Code of medical and sanitary regulations for the guidance of medical officers serving in the Madras Presidency - Volume II
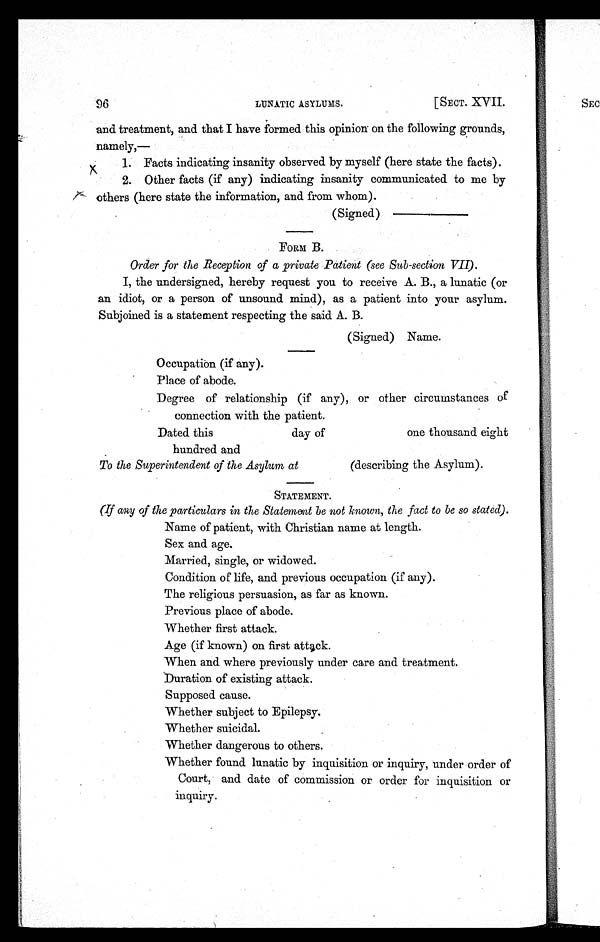
SEC
96
[SECT. XVII.
LUNATIC ASYLUMS.
and treatment, and that I have formed this opinion on the following grounds,
namely,—
1. Facts indicating insanity observed by myself (here state the facts).
2. Other facts (if any) indicating insanity communicated to me by
others (here state the information, and from whom).
(Signed) —
FORM B.
Order for the Reception of a private Patient (see Sub-section VII).
I, the undersigned, hereby request you to receive A. B., a lunatic (or
an idiot, or a person of unsound mind), as a patient into your asylum.
Subjoined is a statement respecting the said A. B.
(Signed) Name.
Occupation (if any).
• Place of abode.
Degree of relationship (if any), or other circumstances of
connection with the patient.
Dated this
day of
one thousand eight
hundred and
To the Superintendent of the Asylum at
(describing the Asylum).
STATEMENT.
(If any of the particulars in the Statement be not known, the fact to be so stated).
Name of patient, with Christian name at length.
Sex and age.
Married, single, or widowed.
Condition of life, and previous occupation (if any).
The religious persuasion, as far as known.
Previous place of abode.
Whether first attack.
Age (if known) on first attack.
When and where previously under care and treatment.
Duration of existing attack.
Supposed cause.
Whether subject to Epilepsy.
Whether suicidal.
Whether dangerous to others.
Whether found lunatic by inquisition or inquiry, under order of
Court, and date of commission or order for inquisition or
inquiry.